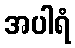
အပါရံ